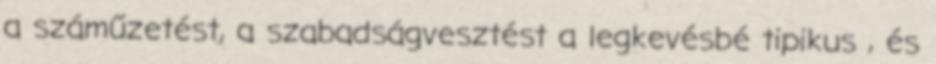
a száműzetést, a szabadságvesztést a legkevésbé tipikus , és